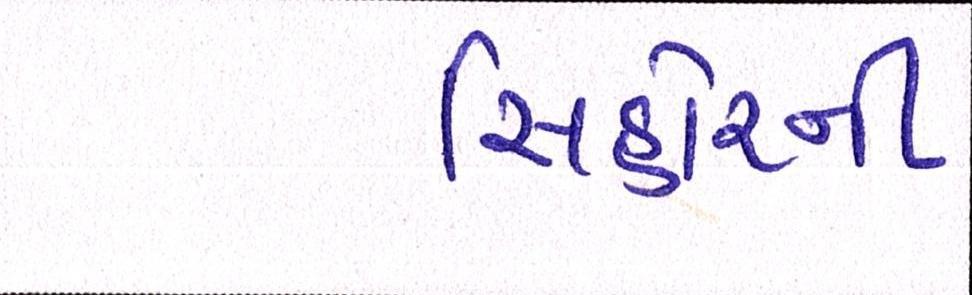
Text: સિહોરની